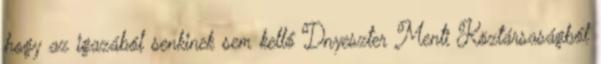
hogy az igazából senkinek sem kellő Dnyeszter Menti Köztársaságból